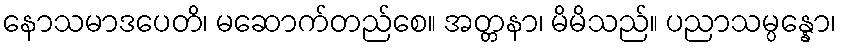
နောသမာဒပေတိ၊ မဆောက်တည်စေ။ အတ္တနာ၊ မိမိသည်။ ပညာသမ္ပန္နော၊